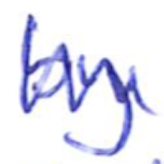
Text: by
Cross-out: zig-zag
Writing tool: ballpoint